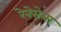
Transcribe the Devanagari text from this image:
रेनेसेन्स